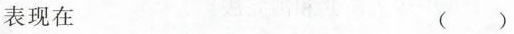
表现在 （）